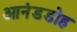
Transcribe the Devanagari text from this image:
आनंडडोह